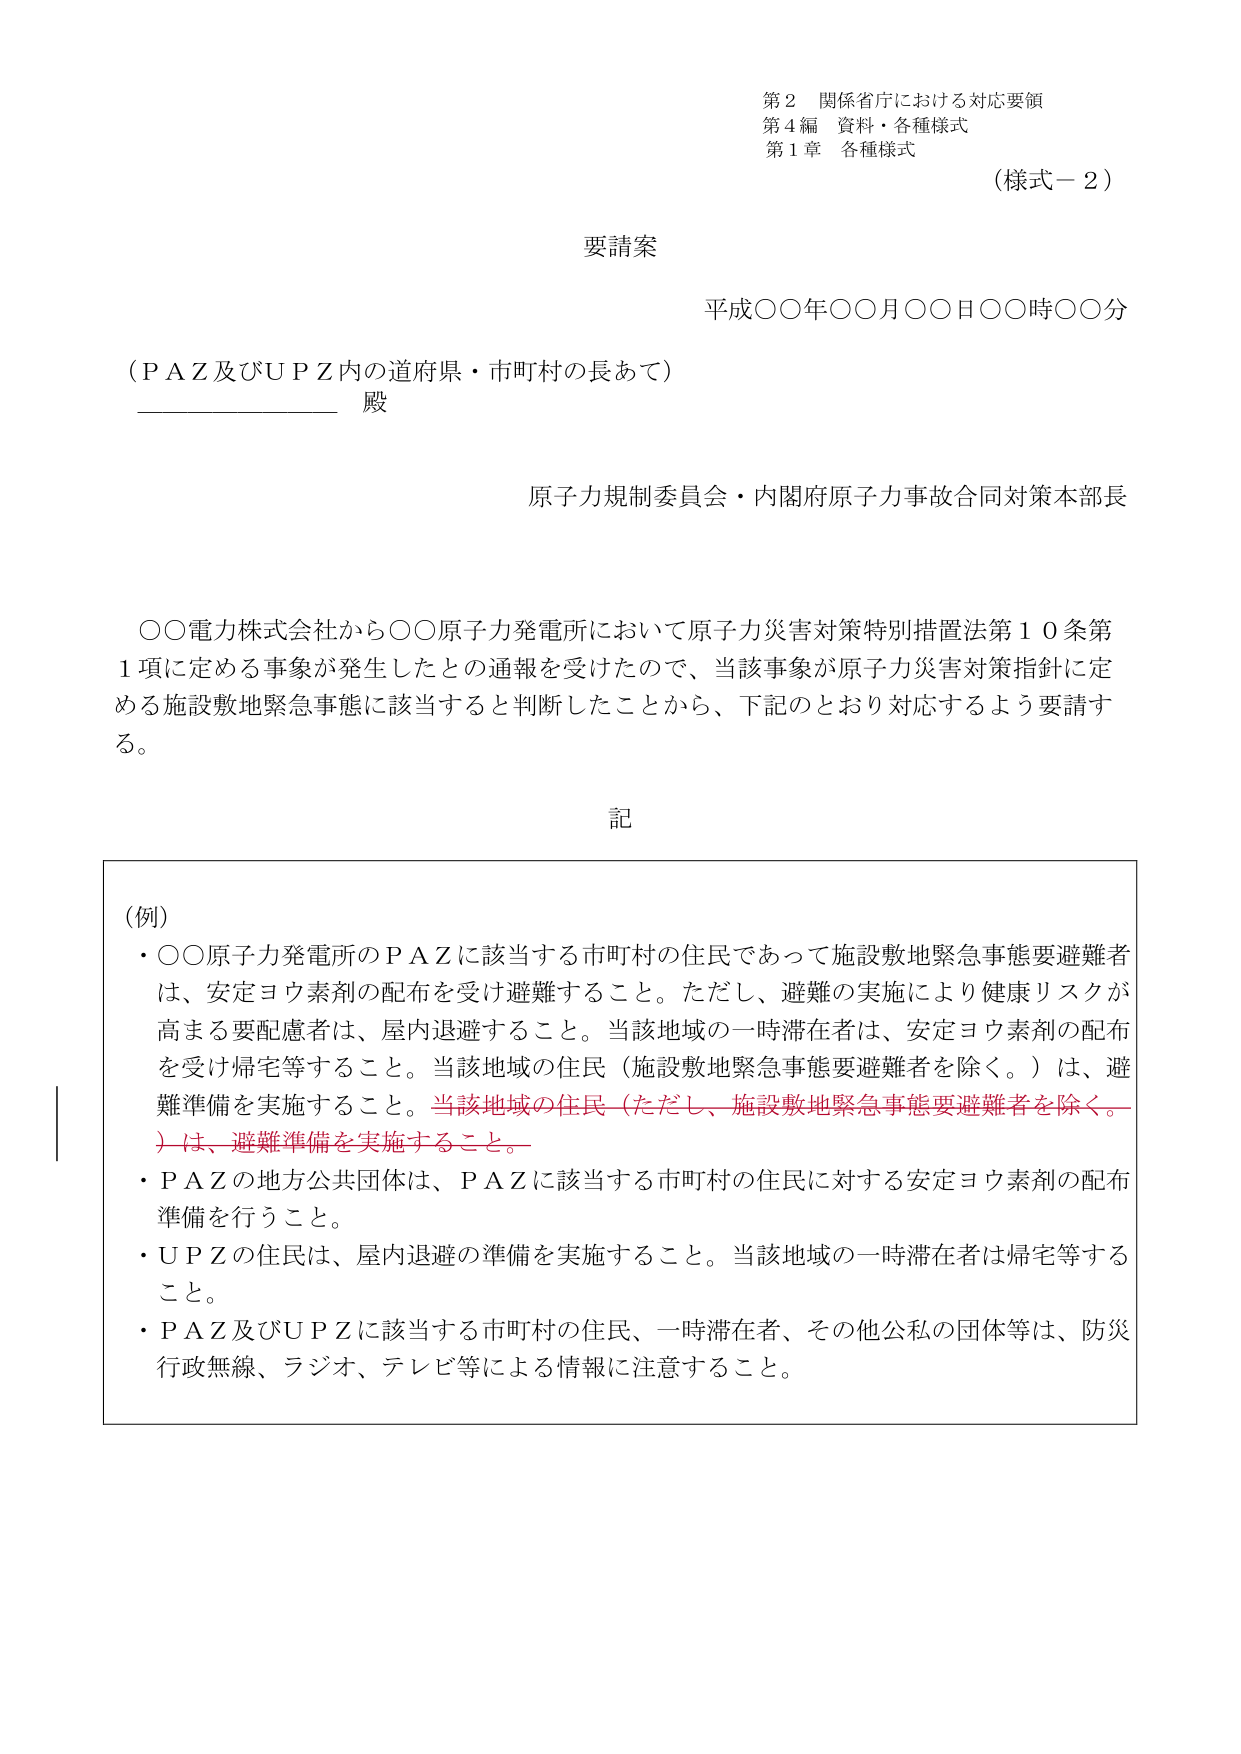
第２ 関係省庁における対応要領
第４編 資料・各種様式
第１章 各種様式
（様式－２）

要請案

平成〇〇年〇〇月〇〇日〇〇時〇〇分

（ＰＡＺ及びＵＰＺ内の道府県・市町村の長あて）
__________ 殿

原子力規制委員会・内閣府原子力事故合同対策本部長

〇〇電力株式会社から〇〇原子力発電所において原子力災害対策特別措置法第１０条第１項に定める事象が発生したとの通報を受けたので、当該事象が原子力災害対策指針に定める施設敷地緊急事態に該当すると判断したことから、下記のとおり対応するよう要請する。

記

（例）
・〇〇原子力発電所のＰＡＺに該当する市町村の住民であって施設敷地緊急事態要避難者は、安定ヨウ素剤の配布を受け避難すること。ただし、避難の実施により健康リスクが高まる要配慮者は、屋内退避すること。当該地域の一時滞在者は、安定ヨウ素剤の配布を受け帰宅等すること。当該地域の住民（施設敷地緊急事態要避難者を除く。）は、避難準備を実施すること。当該地域の住民（ただし、施設敷地緊急事態要避難者を除く。）は、避難準備を実施すること。
・ＰＡＺの地方公共団体は、ＰＡＺに該当する市町村の住民に対する安定ヨウ素剤の配布準備を行うこと。
・ＵＰＺの住民は、屋内退避の準備を実施すること。当該地域の一時滞在者は帰宅等すること。
・ＰＡＺ及びＵＰＺに該当する市町村の住民、一時滞在者、その他公私の団体等は、防災行政無線、ラジオ、テレビ等による情報に注意すること。